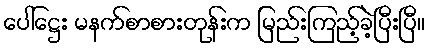
ပေါ်ဋ္ဌေး မနက်စာစားတုန်းက မြည်းကြည့်ခဲ့ပြီးပြီ။